Plague in India, 1896, 1897 - Volume 1
Year: 1896
Disease focus: Plague
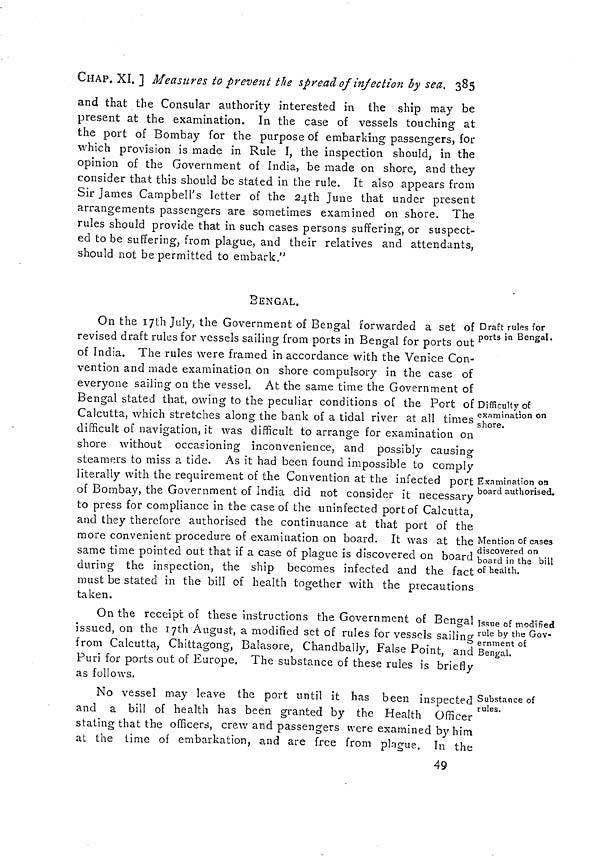
CHAP. XI. ] Measures to prevent the spread of infection by sea. 385
and that the Consular authority interested in the ship may be
present at the examination. In the case of vessels touching at
the port of Bombay for the purpose of embarking passengers, for
which provision is made in Rule I, the inspection should, in the
opinion of the Government of India, be made on shore, and they
consider that this should be stated in the rule. It also appears from
Sir James Campbell's letter of the 24th June that under present
arrangements passengers are sometimes examined on shore. The
rules should provide that in such cases persons suffering, or suspect-
ed to be suffering, from plague, and their relatives and attendants,
should not be permitted to embark."
BENGAL.
Draft rules for
ports in Bengal.
Difficulty of
examination on
shore.
Examination on
board authorised.
Mention of cases
discovered on
board in the bill
of health.
On the 17th July, the Government of Bengal forwarded a set of
revised draft rules for vessels sailing from ports in Bengal for ports out
of India. The rules were framed in accordance with the Venice Con-
vention and made examination on shore compulsory in the case of
everyone sailing on the vessel. At the same time the Government of
Bengal stated that, owing to the peculiar conditions of the Port of
Calcutta, which stretches along the bank of a tidal river at all times
difficult of navigation, it was difficult to arrange for examination on
shore without occasioning inconvenience, and possibly causing
steamers to miss a tide. As it had been found impossible to comply
literally with the requirement of the Convention at the infected port
of Bombay, the Government of India did not consider it necessary
to press for compliance in the case of the uninfected port of Calcutta,
and they therefore authorised the continuance at that port of the
more convenient procedure of examination on board. It was at the
same time pointed out that if a case of plague is discovered on board
during the inspection, the ship becomes infected and the fact
must be stated in the bill of health together with the precautions
taken.
Issue of modified
rule by the Gov-
ernment of
Bengal.
On the receipt of these instructions the Government of Bengal
issued, on the 17th August, a modified set of rules for vessels sailing
from Calcutta, Chittagong, Balasore, Chandbally, False Point, and
Puri for ports out of Europe. The substance of these rules is briefly
as follows.
Substance of
rules.
No vessel may leave the port until it has been inspected
and a bill of health has been granted by the Health Officer
stating that the officers, crew and passengers were examined by him
at the time of embarkation, and are free from plague. In the
49